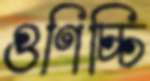
গুণিচ্চি